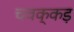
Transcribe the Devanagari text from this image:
चवक्कड़